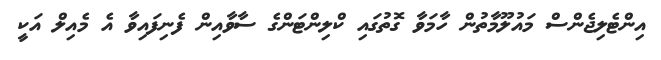
އިންޓެލިޖެންސް މައުލޫމާތުން ހާމަވާ ގޮތުގައި ކްލިންޓަންގެ ސާވާއިން ފެނިފައިވާ އެ މެއިލް އަކީ